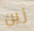
زين